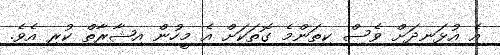
އެ އުޅަނދަށް ވެސް ކިތަންމެ ގޮތަކަށް އެ މީހުން އިޝާރާތް ކުރި އެވެ.